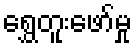
ရွှေတူးဖော်မှု